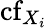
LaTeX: \operatorname{cf}_{X_{i}}